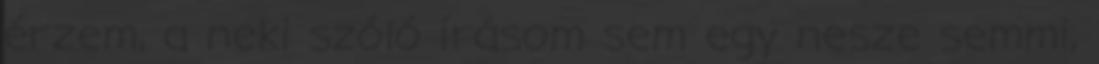
érzem, a neki szóló írásom sem egy nesze semmi,